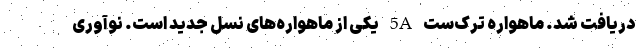
دریافت شد. ماهواره ترک‌ست 5A یکی از ماهواره‌های نسل جدید است. نوآوری